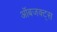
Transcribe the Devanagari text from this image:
ऑबजक्ट्स